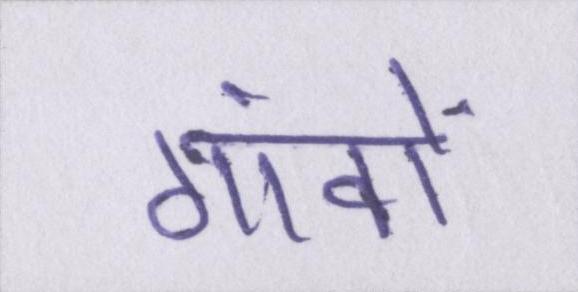
गांवों